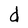
Character: d